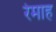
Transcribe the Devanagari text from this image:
रेमाह